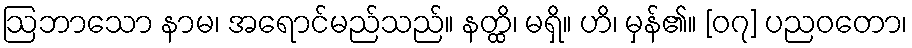
ဩဘာသော နာမ၊ အရောင်မည်သည်။ နတ္ထိ၊ မရှိ။ ဟိ၊ မှန်၏။ [၀၇] ပညဝတော၊